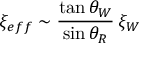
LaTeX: \xi _ { e f f } \sim { \frac { \tan \theta _ { W } } { \sin \theta _ { R } } } \, \xi _ { W }